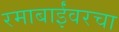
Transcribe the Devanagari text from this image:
रमाबाईंवरचा